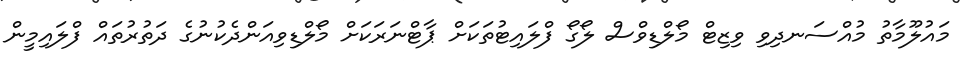
މައުލޫމާތު މުއްސަނދިވި ވިޒިޓް މޯލްޑިވްސް ލޯގޯ ފްލައިޓުތަކަށް ޕާޓްނަރަކަށް މޯލްޑިވިއަންދެކުނުގެ ދަތުރުތައް ފްލައިމީން